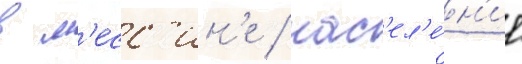
в м'есс'ин'е / нас'ел'е́н'ие